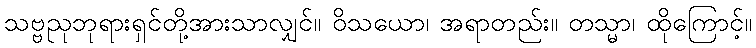
သဗ္ဗညုဘုရားရှင်တို့အားသာလျှင်။ ဝိသယော၊ အရာတည်း။ တသ္မာ၊ ထိုကြောင့်။